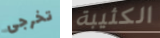
تخرجى الكئيبة